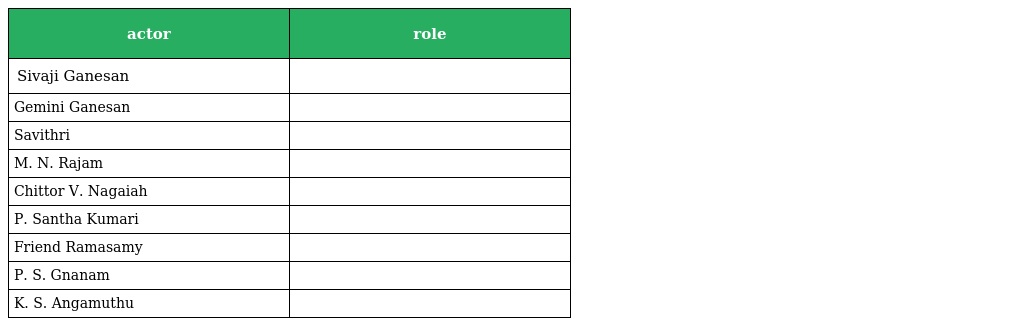
| actor | role |
 | --- | --- |
 | Sivaji Ganesan |  |
 | Gemini Ganesan |  |
 | Savithri |  |
 | M. N. Rajam |  |
 | Chittor V. Nagaiah |  |
 | P. Santha Kumari |  |
 | Friend Ramasamy |  |
 | P. S. Gnanam |  |
 | K. S. Angamuthu |  |